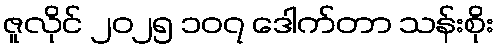
ဇူလိုင် ၂၀၂၅ ၁၀၇ ဒေါက်တာ သန်းစိုး